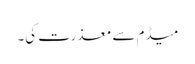
میڈم سے معذرت کی۔